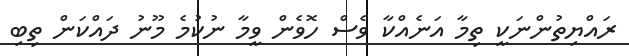
ރައްޔިތުންނަކީ ތިމާ އަނެއްކާ ވެސް ހޮވެން ވީމާ ނުކުމެ މޫނު ދައްކަން ތިބި